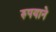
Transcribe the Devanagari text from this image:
रुपयाने